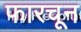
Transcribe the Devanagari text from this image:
फारचून